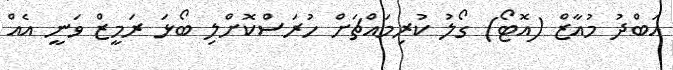
އަބްދު މުއާޒް (އޮޓޯ) ގޯލު ކުރިމައްޗަށް ހުރަސްކޮށްލި ބޯޅަ ރަމީޒް ވަނީ އެއް